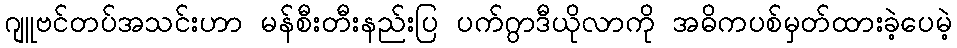
ဂျူဗင်တပ်အသင်းဟာ မန်စီးတီးနည်းပြ ပက်ဂွာဒီယိုလာကို အဓိကပစ်မှတ်ထားခဲ့ပေမဲ့